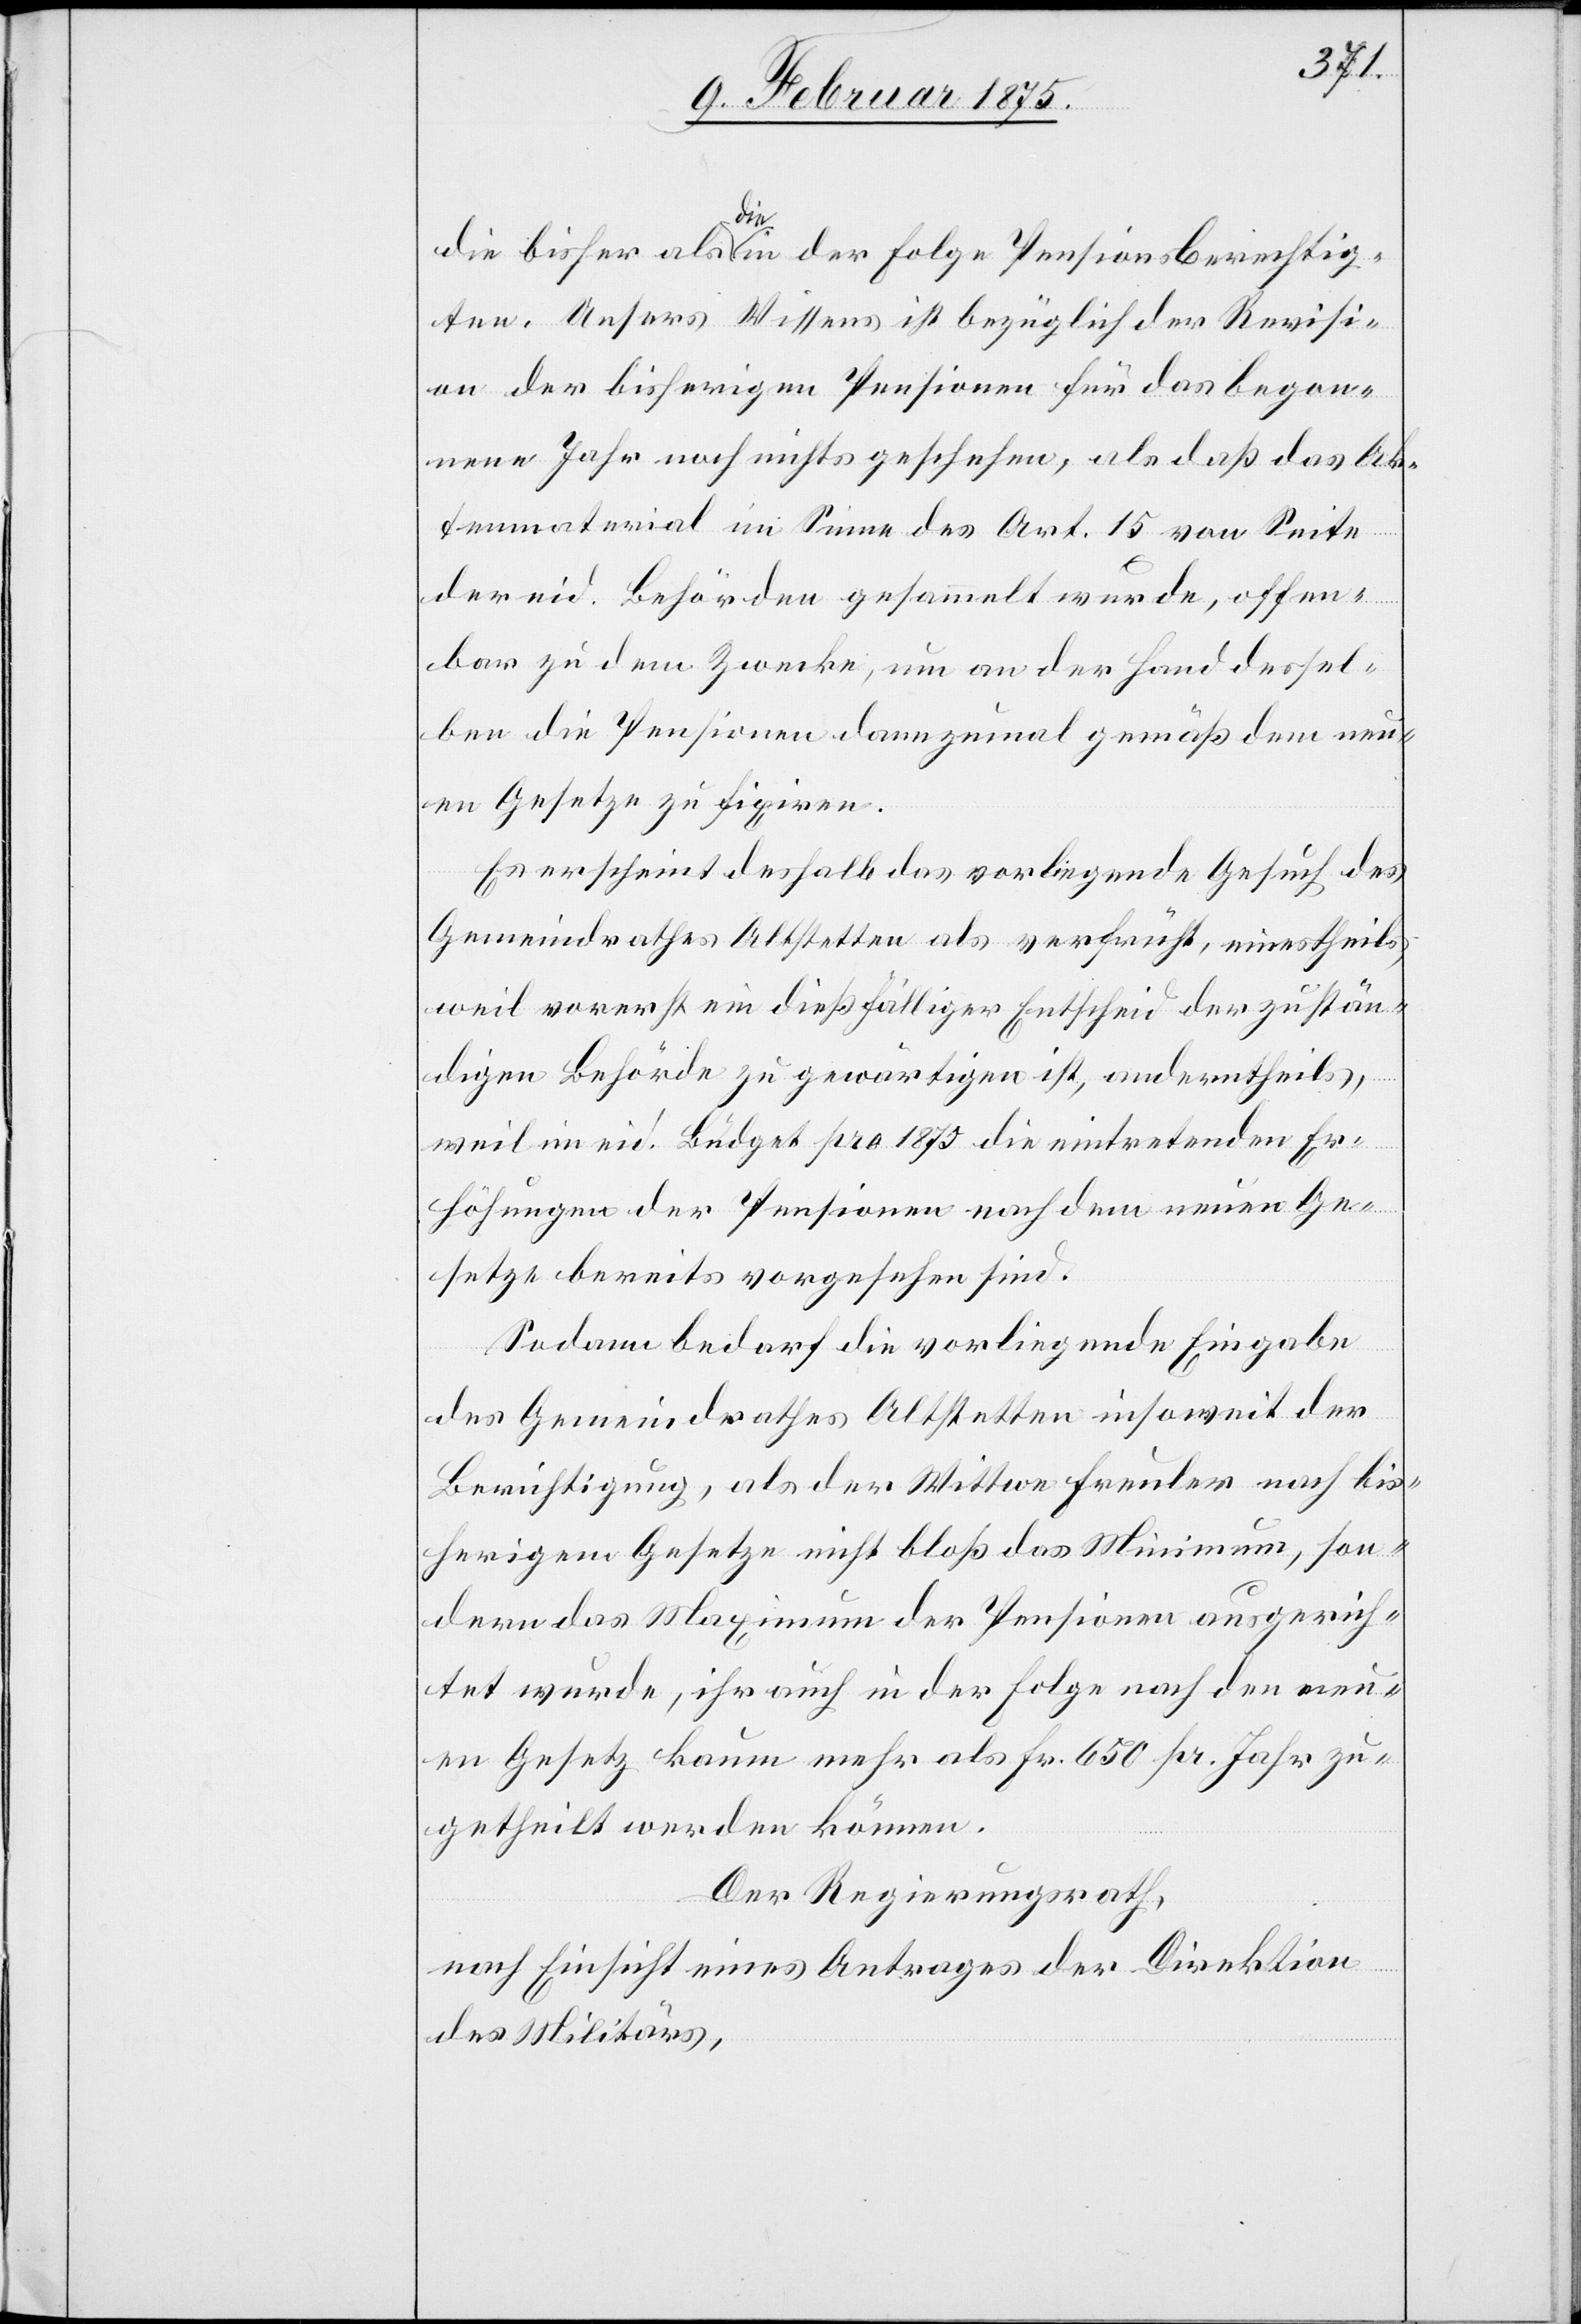
die bisher als die in der Folge Pensionsberechtig¬
ten. Unsers Wissens ist bezüglich der Revisi¬
on der bisherigen Pensionen für das begon¬
nene Jahr noch nichts geschehen, als daß das Ak¬
tenmaterial im Sinne des Art. 15 von Seite
der eid. Behörden gesammelt wurde, offen¬
bar zu dem Zwecke, um an der Hand dersel¬
ben die Pensionen dannzumal gemäß dem neu¬
en Gesetze zu fixiren.
Es erscheint deshalb das vorliegende Gesuch des
Gemeindrathes Altstetten als verfrüht, einestheils,
weil vorerst ein dießfälliger Entscheid der zustän¬
digen Behörde zu gewärtigen ist, anderntheils,
weil im eid. Budget pro 1875 die eintretenden Er¬
höhungen der Pensionen nach dem neuen Ge¬
setze bereits vorgesehen sind.
Sodann bedarf die vorliegende Eingabe
des Gemeindrathes Altstetten insoweit der
Berichtigung, als der Wittwe Freuler nach bis¬
herigem Gesetze nicht bloß das Minimum, son¬
dern das Maximum der Pension ausgerich¬
tet wurde, ihr auch in der Folge nach den [sic!]
neuen Gesetz kaum mehr als Fr. 650 pr. Jahr zu¬
getheilt werden können.
Der Regierungsrath,
nach Einsicht eines Antrages der Direktion
des Militärs,